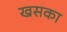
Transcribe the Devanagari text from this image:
खसका